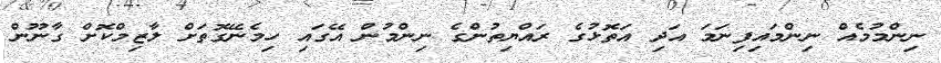
ނިންމުމެއް ނިންމައިފިނަމަ އަދި އަތޮޅުގެ ރައްޔިތުންގެ ނިންމުން އޭގައި ހިމެނޭގޮތަށް ލާޒިމްކޮށް ގާނޫން